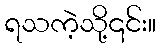
ရသကဲ့သို့၎င်း။